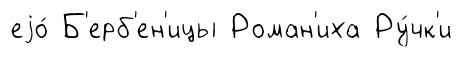
еjо́ Б'ерб'ен'ицы Роман'иха Ру́чк'и